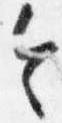
令